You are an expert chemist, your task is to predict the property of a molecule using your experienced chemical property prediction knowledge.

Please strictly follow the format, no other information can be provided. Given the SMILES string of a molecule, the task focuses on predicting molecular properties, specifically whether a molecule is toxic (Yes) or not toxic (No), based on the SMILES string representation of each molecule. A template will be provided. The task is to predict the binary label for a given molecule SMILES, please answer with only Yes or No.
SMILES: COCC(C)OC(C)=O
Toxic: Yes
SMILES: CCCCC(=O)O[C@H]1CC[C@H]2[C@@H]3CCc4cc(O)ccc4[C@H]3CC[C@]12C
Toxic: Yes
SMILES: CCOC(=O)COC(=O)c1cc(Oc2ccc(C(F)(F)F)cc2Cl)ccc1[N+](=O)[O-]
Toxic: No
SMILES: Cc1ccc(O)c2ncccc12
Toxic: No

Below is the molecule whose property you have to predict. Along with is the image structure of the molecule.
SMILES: Clc1ccc(Nc2nnc(Cc3ccncc3)c3ccccc23)cc1
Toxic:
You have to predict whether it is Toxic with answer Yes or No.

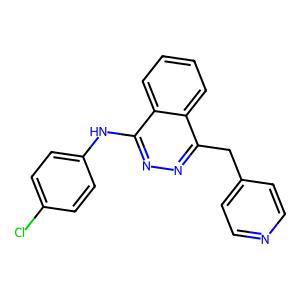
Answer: No